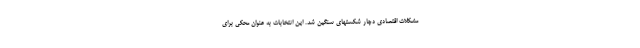
مشکلات اقتصادی دچار شکستهای سنگین شد. این انتخابات به عنوان محکی برای